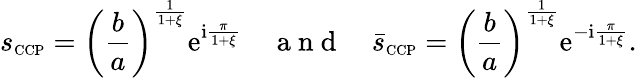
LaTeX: s_{\scriptscriptstyle{\mathrm{CCP}}}=\left(\frac{b}{a}\right)^{\frac{1}{1+\xi}}\mathrm{e}^{\mathrm{i}\frac{\pi}{1+\xi}}\quad\mathrm{~a~n~d~}\quad\bar{s}_{\scriptscriptstyle{\mathrm{CCP}}}=\left(\frac{b}{a}\right)^{\frac{1}{1+\xi}}\mathrm{e}^{-\mathrm{i}\frac{\pi}{1+\xi}}.